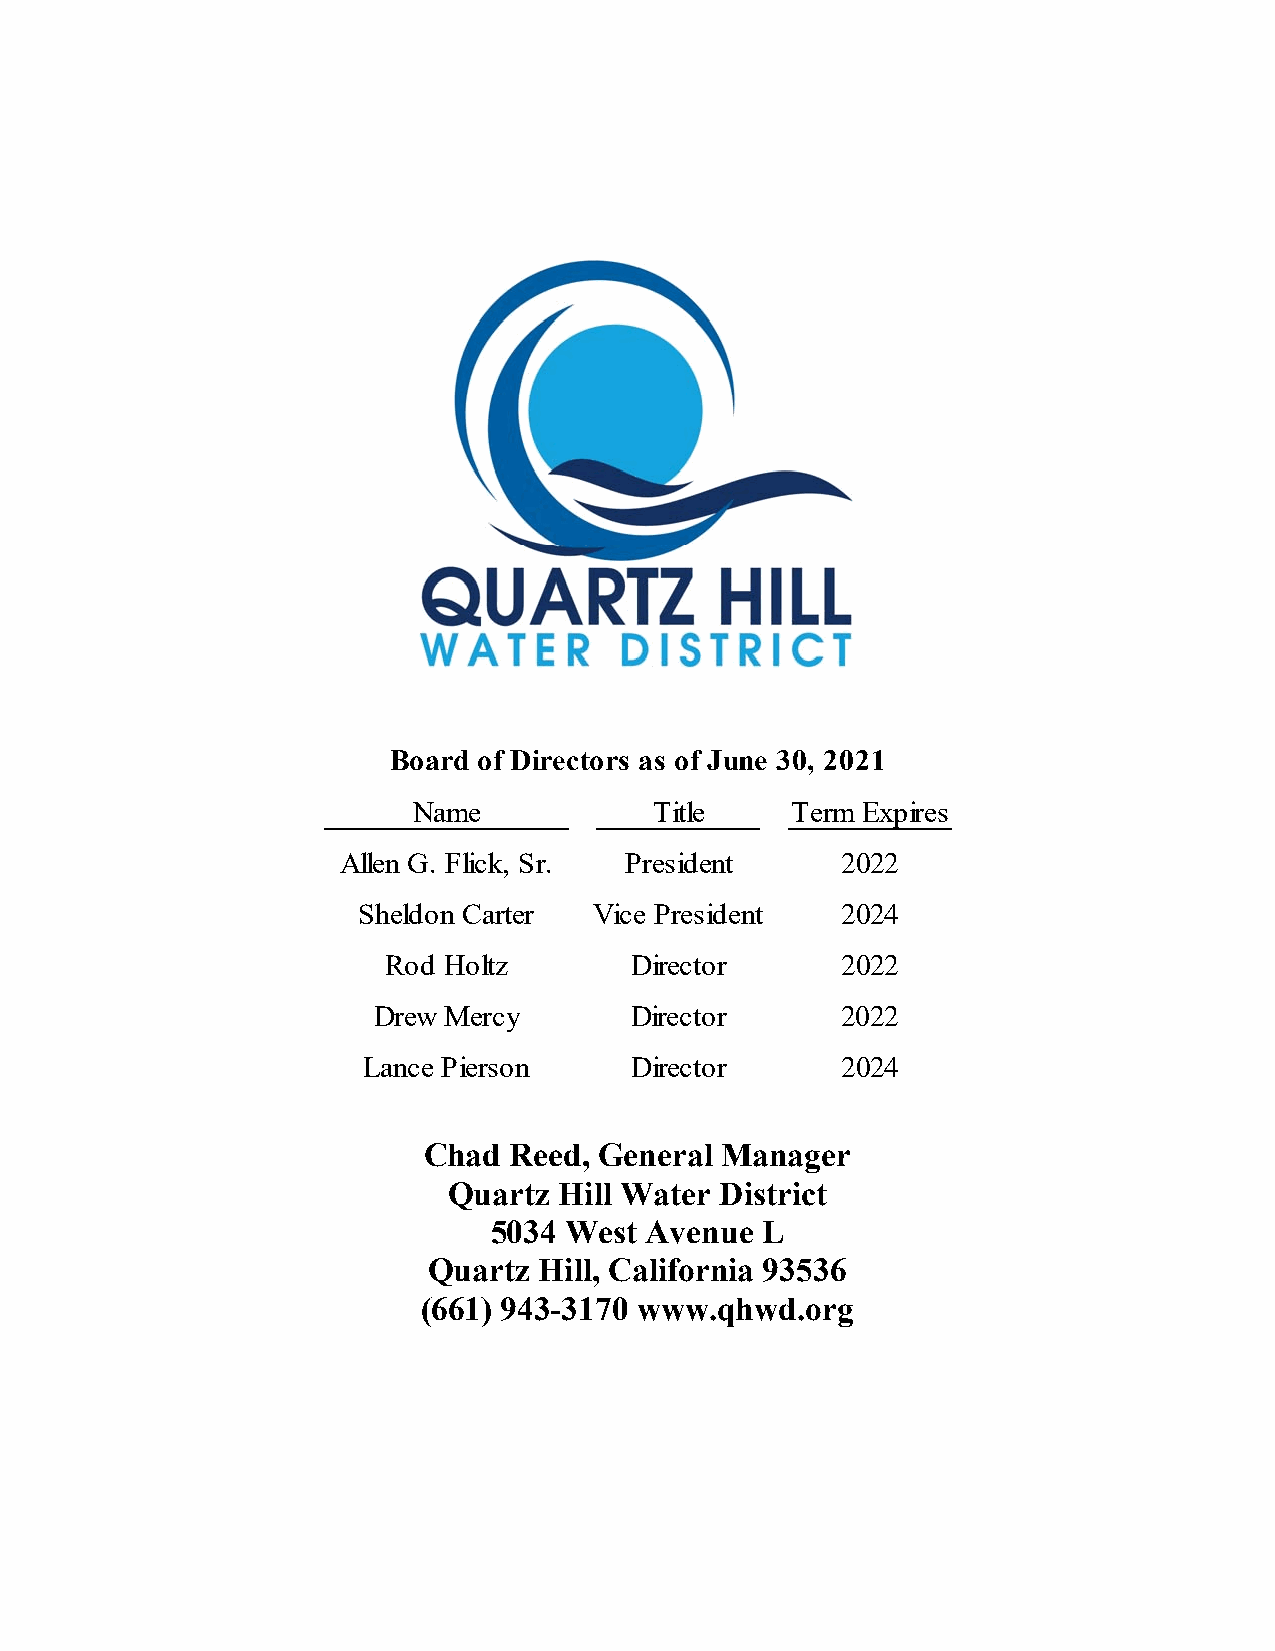
Board of Directors as of June 30, 2021
 Name            Title    Term Expires
 Allen G. Flick, Sr. President     2022
 Sheldon Carter Vice President   2024
 Rod Holtz        Director      2022
 Drew Mercy       Director      2022
 Lance Pierson     Director      2024
 Chad  Reed, General Manager
 Quartz Hill Water District
 5034 West  Avenue L
 Quartz  Hill, California 93536
 (661) 943-3170 www.qhwd.org